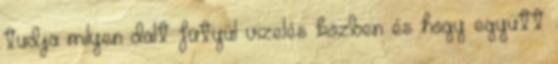
tudja milyen dalt fütyül vizelés közben és hogy együtt